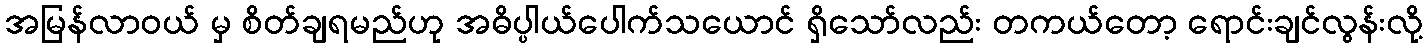
အမြန်လာဝယ် မှ စိတ်ချရမည်ဟု အဓိပ္ပါယ်ပေါက်သယောင် ရှိသော်လည်း တကယ်တော့ ရောင်းချင်လွန်းလို့